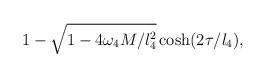
LaTeX: \begin{align*} {1-\sqrt{1-4\omega_4M/l_4^2}\cosh(2\tau/l_4)},\end{align*}